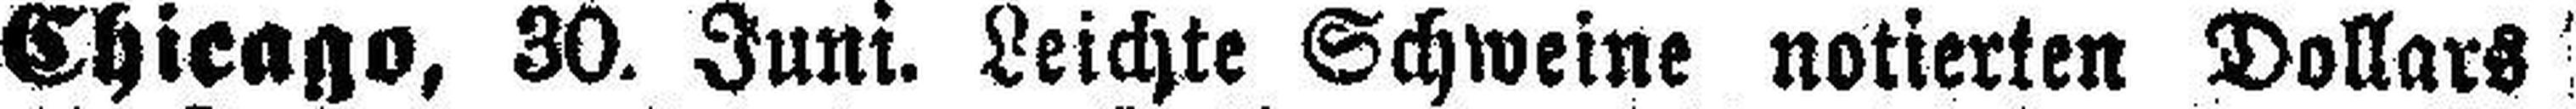
Chicago, 30. Juni. Leichte Schweine notierten Dollars